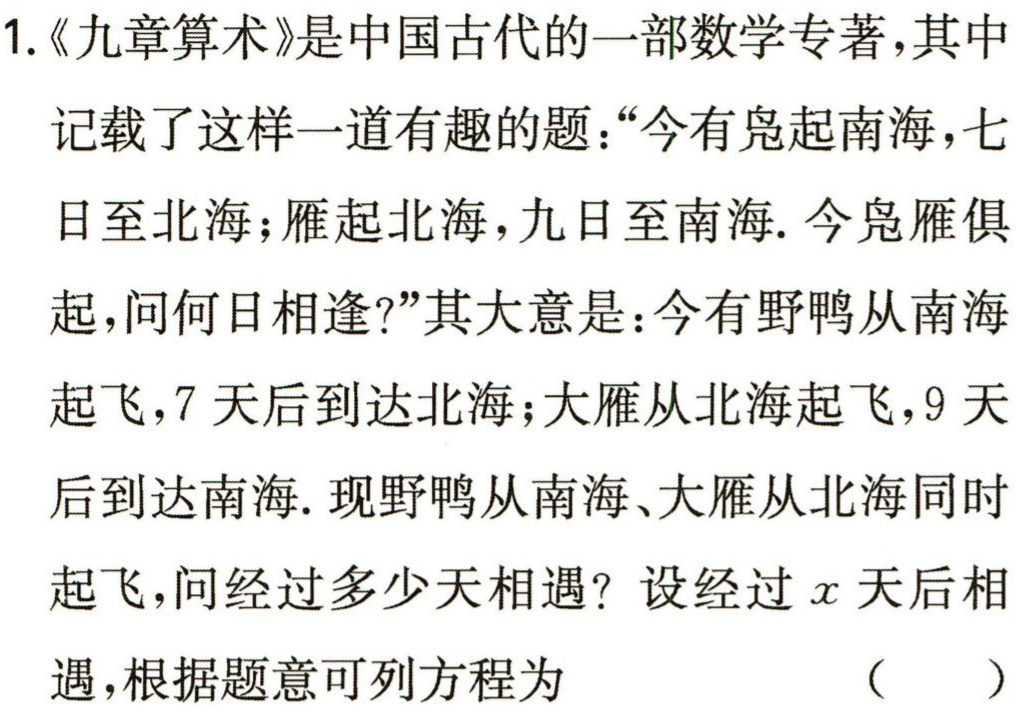
1.《九章算术》是中国古代的一部数学专著，其中

记载了这样一道有趣的题：“今有凫起南海，七

日至北海；雁起北海，九日至南海. 今凫雁俱

起，问何日相逢?”其大意是：今有野鸭从南海

起飞，7 天后到达北海；大雁从北海起飞，9 天

后到达南海. 现野鸭从南海、大雁从北海同时

起飞，问经过多少天相遇？设经过\(x\)天后相

遇，根据题意可列方程为 （  ）